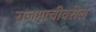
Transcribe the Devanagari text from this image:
राजमाचीवरील